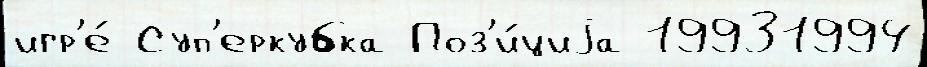
игр'е́ Суп'еркубка Поз'и́циjа 19931994